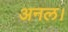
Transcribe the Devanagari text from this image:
अनल।